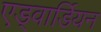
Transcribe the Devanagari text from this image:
एड्वार्डियन